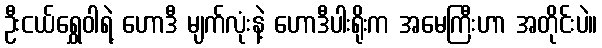
ဦးငယ်ရွှေဝါရဲ့ ဟောဒီ မျက်လုံးနဲ့ ဟောဒီပါးရိုးက အမေကြီးဟာ အတိုင်းပဲ။